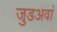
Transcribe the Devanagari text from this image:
जुडअवां